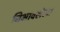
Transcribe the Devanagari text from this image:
निभावलेला